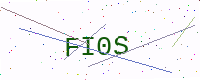
Text: FI0S